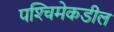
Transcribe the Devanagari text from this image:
पश्‍चिमेकडील